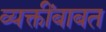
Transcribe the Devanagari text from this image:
व्यक्तींबाबत